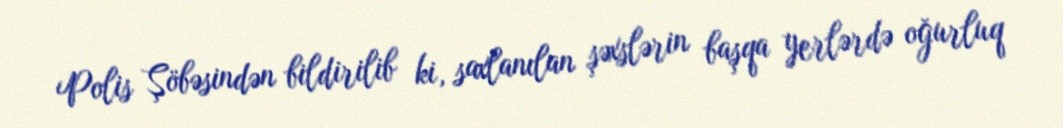
Polis Şöbəsindən bildirilib ki, saxlanılan şəxslərin başqa yerlərdə oğurluq